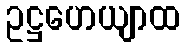
ဥဋ္ဌဟေယျာထ